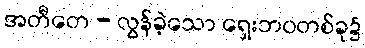
အတီတေ - လွန်ခဲ့သော ရှေးဘဝတစ်ခု၌